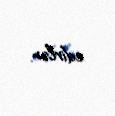
edirlər.